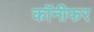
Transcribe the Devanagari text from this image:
कॉनीफर